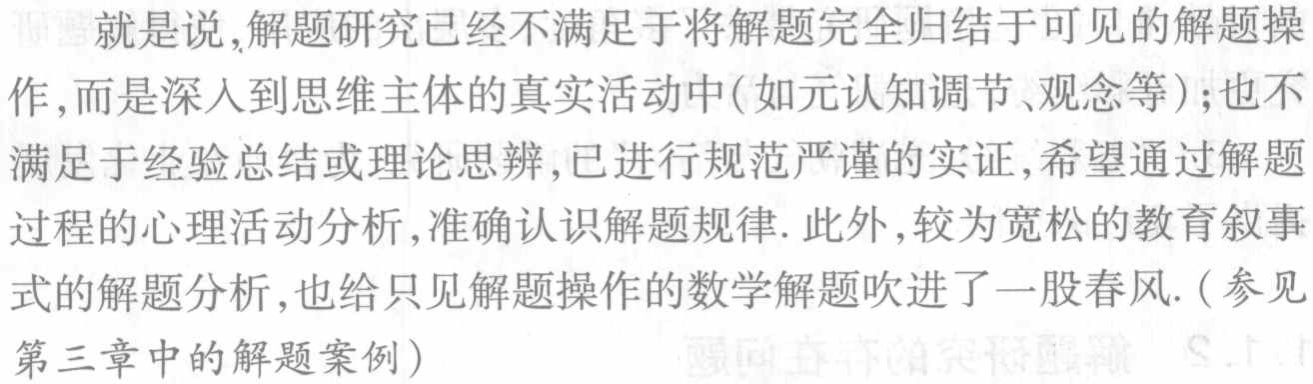
就是说,解题研究已经不满足于将解题完全归结于可见的解题操作,而是深入到思维主体的真实活动中(如元认知调节、观念等);也不满足于经验总结或理论思辨,已进行规范严谨的实证,希望通过解题过程的心理活动分析,准确认识解题规律. 此外,较为宽松的教育叙事式的解题分析,也给只见解题操作的数学解题吹进了一股春风.(参见第三章中的解题案例)